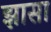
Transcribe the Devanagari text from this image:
झासा